Medical and sanitary report of the native army of Bengal for the year
Year: 1875
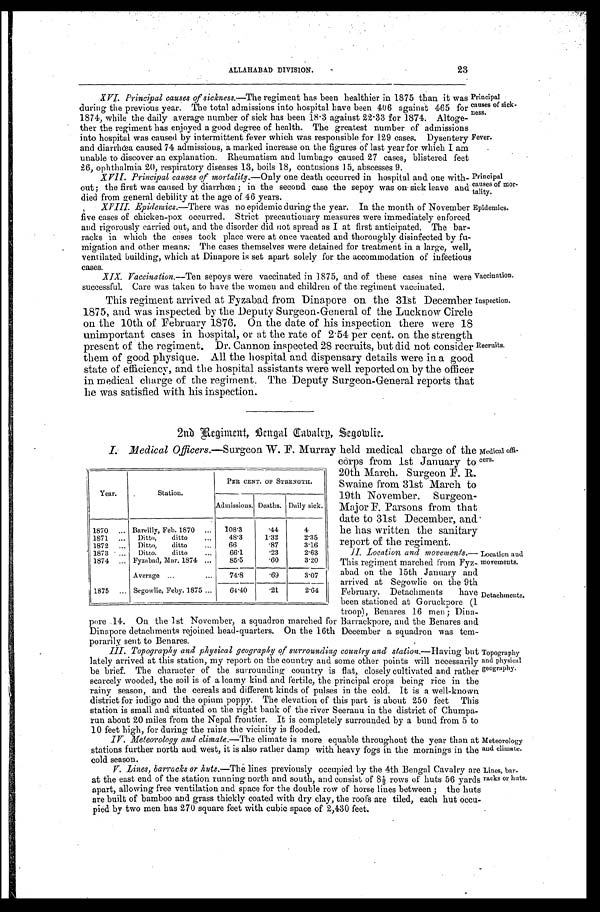
Principal
causes of sick-
ness.
Fever.
Principal
causes of mor
-tality.
Medical offi
-
cers.
Location and
movements.
Detachments.
Topography
and physical
geography.
ALLAHABAD DIVISION.
23
XVI. Principal causes of sickness.—The regiment has been healthier in 1875 than it was
during the previous year. The total admissions into hospital have been 406 against 465 for
1874, while the daily averae number of sick has been 18.3 against 22.33 for 1874. Altoge
-
ther the regiment has enjoyed a good degree of health. The greatest number of admissions
into hospital was caused by intermittent fever which was responsible for 129 cases. Dysentery
and diarrhœa caused 74 admissions, a marked increase on the figures of last year for which I am
unable to discover an explanation. Rheumatism and lumbago caused 27 cases. blistered feet
26, ophthalmia 20, respiratory diseases 13, boils 18, contusions 15, abscesses 9.
XVII. Principal causes of mortality.— Only one death occurred in hospital and one with-
out; the first was caused by diarrhœa; in the second case the sepoy was on sick leave and
died from general debility at the age of 46 years.
XVIII. Epidemics .—There was no epidemic during the year. In the month of November
five cases of chicken-pox occurred. Strict precautionary measures were immediately enforced
and rigorously carried out, and the disorder did not spread as I at first anticipated. The bar
-
racks in which the cases took place were at once vacated and thoroughly disinfected by fu
-
migation and other means: The cases themselves were detained for treatment in a large, well,
ventilated building, which at Dinapore is set apart solely for the accommodation of infectious
cases.
XIX. Vaccination.—Ten sepoys were vaccinated in 1875, and of these cases nine were
successful. Care was taken to have the women and children of the regiment vaccinated.
This regiment arrived at Fyzabad from Dinapore on the 31st December
1875, and was inspected by the Deputy Surgeon-General of the Lucknow Circle
on the 10th of February 1876. On the date of his inspection there were 18
unimportant cases in hospital, or at the rate of 2 . 54 per cent. on the strength
present of the regiment. Dr. Cannon. inspected 28 recruits, but did not consider
them of good physique. All the hospital and dispensary details were in a good
state of efficiency, and the hospital assistants were well reported on by the officer
in medical charge of the regiment. The Deputy Surgeon-General reports that
he was satisfied with his inspection.
Epidemics.
Vaccination.
Inspection.
Recruits.
2nd Regiment, Bengal Cavalry, Segowlie.
I. Medical Officers .—Surgeon W. F. Murray held medical charge of the
corps from 1st January to
20th March. Surgeon F. R.
Swaine from 31st March to
19th November. Surgeon-
Major F. Parsons from that
date to 31st December, and
he has written the sanitary
report of the regiment.
II. Location and movements.
— This regiment marched from Fyz-
-abad on the 15th January and
arrived at Segowlie on the 9th
February. Detachments have
been stationed at Goruckpore (1
troop), Benares 16 men ; Dina-
pore 14. On the 1st November, a squadron marched for Barrackpore, and the Benares and
Dinapore detachments rejoined head-quarters. On the 16th December a squadron was tem-
- p o r a r i l y s e n t t o B e n a r e s .
III. Topography and physical geography of surrounding country and station .—Having but
lately arrived at this station, my report on the country and some other points will necessarily
be brief. The character of the surrounding country is flat, closely cultivated and rather
scarcely wooded, the soil is of a loamy kind and fertile, the principal crops being rice in the
rainy season, and the cereals and different kinds of pulses in the cold. It is a well-known
district for indigo and the opium poppy. The elevation of this part is about 250 feet This
station is small and situated on the right bank of the river Seeranu in the district of Chumpa
-
run about 20 miles from the Nepal frontier. It is completely surrounded by a build from 5 to
10 feet high, for during the rains the vicinity is flooded.
Year.
Station.
PHR CENT. OF STRENGTH.
Admissions. Deaths. Daily sick.
1870 . . .
Bareilly, Feb. 1870 . . .
108.3
.44
4
1871 . . .
Ditto,
ditto . . .
48.3
1.32
2.35
1872 . . .
Ditto,
ditto . . .
66
.87
3.16
1873 . . .
Ditto.
ditto . . .
66.1
.23
2.63
1874 . . .
Fyzabad, Mar. 1874 . . .
85.5
.60
3.20
Average . . .
74.8
.69
3.07
1875 . . .
Segowlie, Feby. 1875 . . .
64.40
.21
2.64
IV. Meteorology and climate.— The climate is more equable throughout the year than at
stations further north and west, it is also rather damp with heavy fogs in the mornings in the
cold season.
V. Lines, barracks or huts.— The lines previously occupied by the 4th Bengal Cavalry are
at the east end of the station running north and south, and consist of 8½ rows of huts 56 yards
apart, allowing free ventilation and space for the double row of horse lines between ; the huts
are built of bamboo and grass thickly coated with dry clay, the roofs are tiled, each hut occu-
- p i e d b y t w o m e n h a s 2 7 0 s q u a r e f e e t w i t h c u b i c s p a c e o f 2 , 4 3 0 f e e t .
Meteorology
and climate.
Lines, bar
-
racks or huts.